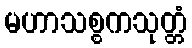
မဟာသစ္စကသုတ္တံ